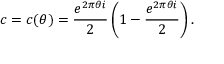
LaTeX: c = c ( \theta ) = { \frac { e ^ { 2 \pi \theta i } } { 2 } } \left( 1 - { \frac { e ^ { 2 \pi \theta i } } { 2 } } \right) .